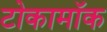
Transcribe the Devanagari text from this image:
टोकामॉक